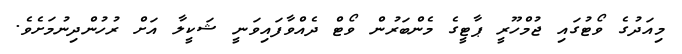
މިއަދުގެ ވޯޓުގައި ޖުމްހޫރީ ޕާޓީގެ މެންބަރުން ވޯޓް ދެއްވާފައިވަނީ ޝަކީލާ އަށް ރުހުންދިނުމަށެވެ.